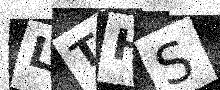
Text: LTHS